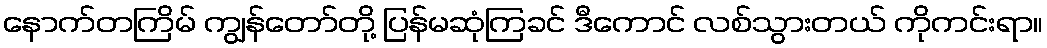
နောက်တကြိမ် ကျွန်တော်တို့ ပြန်မဆုံကြခင် ဒီကောင် လစ်သွားတယ် ကိုကင်းရာ။